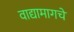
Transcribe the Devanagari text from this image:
वाद्यामागचे